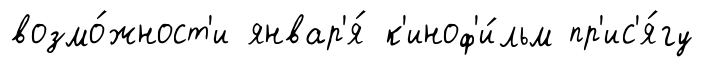
возмо́жност'и январ'я́ к'иноф'и́льм пр'ис'я́гу